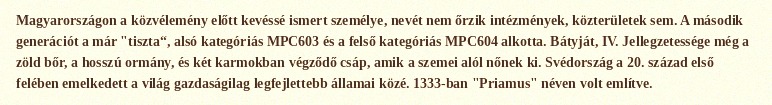
Magyarországon a közvélemény előtt kevéssé ismert személye, nevét nem őrzik intézmények, közterületek sem. A második generációt a már "tiszta“, alsó kategóriás MPC603 és a felső kategóriás MPC604 alkotta. Bátyját, IV. Jellegzetessége még a zöld bőr, a hosszú ormány, és két karmokban végződő csáp, amik a szemei alól nőnek ki. Svédország a 20. század első felében emelkedett a világ gazdaságilag legfejlettebb államai közé. 1333-ban "Priamus" néven volt említve.